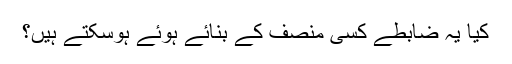
کیا یہ ضابطے کسی منصف کے بنائے ہوئے ہوسکتے ہیں؟